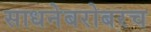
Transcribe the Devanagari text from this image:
साधनेबरोबरच